Vaccination in Burma 1920-1933 - 1920-1933
Year: 1920
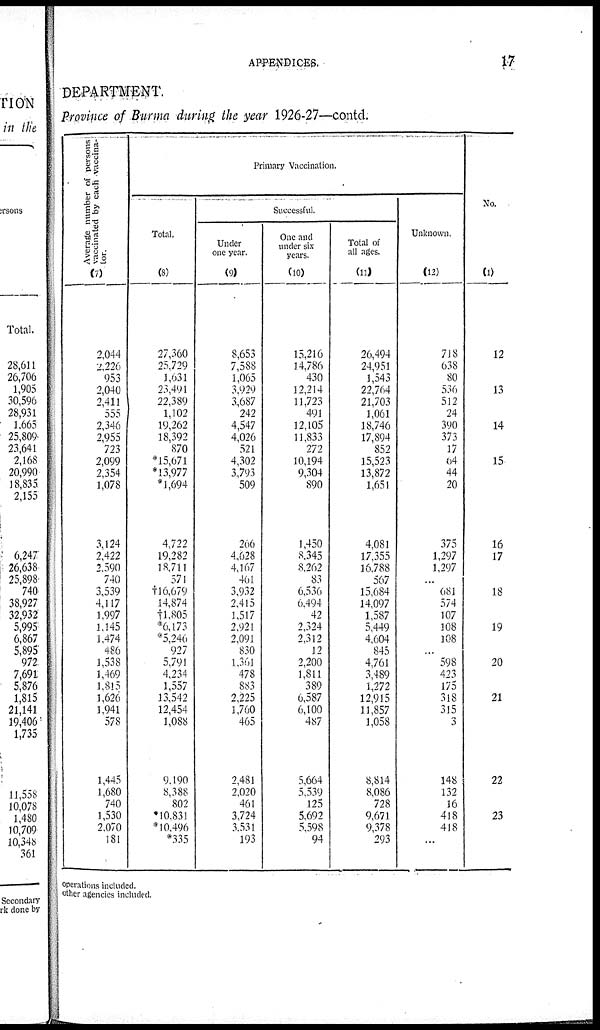
APPENDICES.
17
DEPARTMENT
Province of Burma during the year 1926-27—contd.
Average number of persons
vaccinated by each vaccina-
tor.
(7)
2,044
2,226
953
2,040
2,411
555
2,346
2,955
723
2,099
2,354
1,078
3,124
2,422
2,590
740
3,539
4,117
1,997
1,145
1,474
486
1,538
1,469
1,815
1,626
1,941
578
1,445
1,680
740
1,530
2,070
181
Primary Vaccination.
Total.
(8)
27,360
25,729
1,631
23,491
22,389
1,102
19,262
18,392
870
*15,671
*13,977
*1,694
4,722
19,282
18,711
571
†16,679
14,874
†1,805
*6,173
*5,246
927
5,791
4,234
1,557
13,542
12,454
1,088
9,190
8,388
802
*10,831
*10,496
*335
Successful.
Under
one year.
(9)
8,653
7,588
1,065
3,929
3,687
242
4,547
4,026
521
4,302
3,793
509
266
4,628
4,167
461
3,932
2,415
1,517
2,921
2,091
830
1,361
478
883
2,225
1,760
465
2,481
2,020
461
3,724
3,531
193
One and
under six
years.
(10)
15,216
14,786
430
12,214
11,723
491
12,105
11,833
272
10,194
9,304
890
1,450
8,345
8,262
83
6,536
6,494
42
2,324
2,312
12
2,200
1,811
389
6,587
6,100
487
5,664
5,539
125
5,692
5,598
94
Total of
all ages.
(11)
26,494
24,951
1,543
22,764
21,703
1,061
18,746
17,894
852
15,523
13,872
1,651
4,081
17,355
16,788
567
15,684
14,097
1,587
5,449
4,604
845
4,761
3,489
1,272
12,915
11,857
1,058
8,814
8,086
728
9,671
9,378
293
Unknown.
(12)
718
638
80
536
512
24
390
373
17
64
44
20
375
1,297
1,297
...
681
574
107
108
108
...
598
423
175
318
315
3
148
132
16
418
418
...
No.
(1)
12
13
14
15
16
17
18
19
20
21
22
23
operations included.
other agencies included.